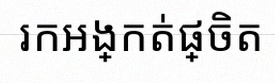
រកអង្កត់ផ្ចិត